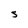
Character: S